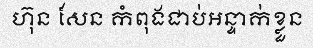
ហ៊ុន សែន កំពុងជាប់អន្ទាក់ខ្លួន